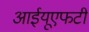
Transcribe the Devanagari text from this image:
आईयूएफटी